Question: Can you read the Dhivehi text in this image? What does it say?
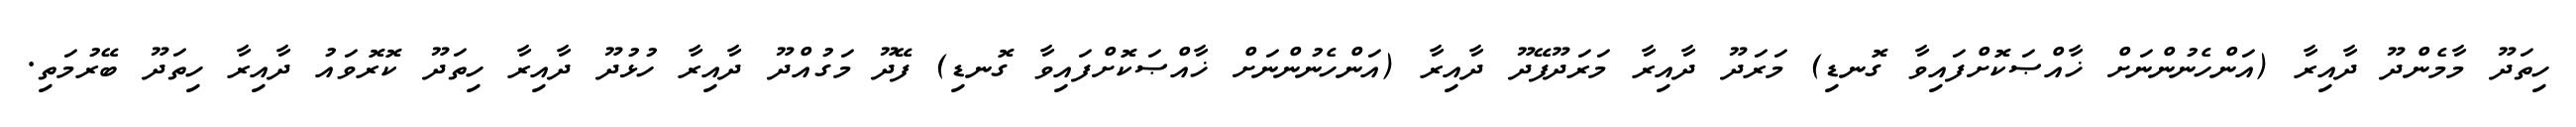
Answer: ހިތަދޫ މާމެންދޫ ދާއިރާ (އަންހެނުންނަށް ޚާއްޞަކޮށްފައިވާ ގޮނޑި) މަރަދޫ ދާއިރާ މަރަދޫފޭދޫ ދާއިރާ (އަންހެނުންނަށް ޚާއްޞަކޮށްފައިވާ ގޮނޑި) ފޭދޫ މަގުއްދޫ ދާއިރާ ހުޅުދޫ ދާއިރާ ހިތަދޫ ކޮރޮވައު ދާއިރާ ހިތަދޫ ބޭރުމަތި.